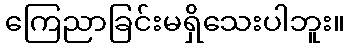
ကြေညာခြင်းမရှိသေးပါဘူး။